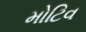
મોટિવ